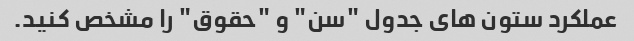
عملکرد ستون های جدول "سن" و "حقوق" را مشخص کنید.